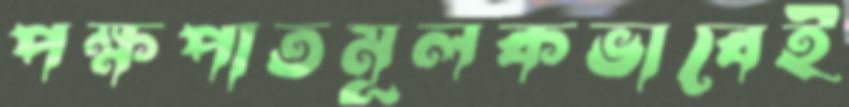
পক্ষপাতমূলকভাবেই